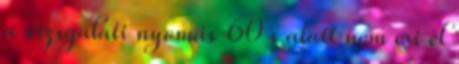
a vizsgálati nyomás 60 s alatt nem éri el